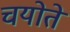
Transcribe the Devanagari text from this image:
चयोते